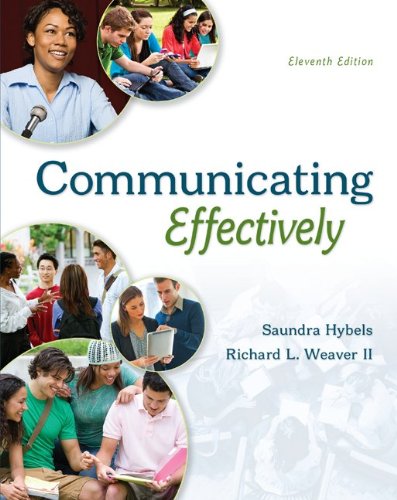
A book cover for COMMUNICATING EFFECTIVELY; Saundra Hybels; Reference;